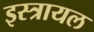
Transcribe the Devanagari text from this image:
इस्त्रायल